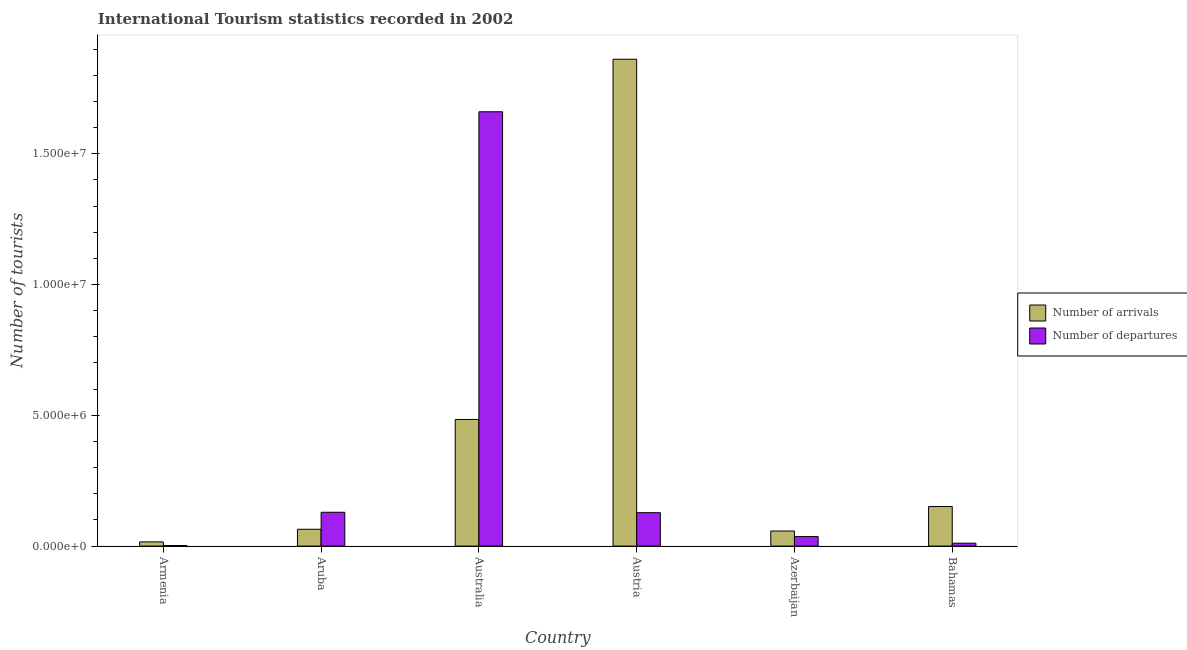
| Country | Number of arrivals | Number of departures |
 | --- | --- | --- |
 | Armenia | 1.62e+05 | 2.3e+04 |
 | Aruba | 6.43e+05 | 1.29e+06 |
 | Australia | 4.84e+06 | 1.66e+07 |
 | Austria | 1.86e+07 | 1.28e+06 |
 | Azerbaijan | 5.76e+05 | 3.64e+05 |
 | Bahamas | 1.51e+06 | 1.11e+05 |